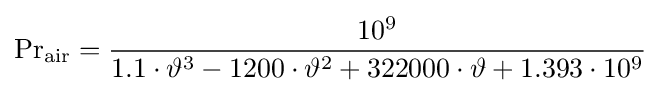
\mathrm {Pr} _{\text{air}}={\frac {10^{9}}{1.1\cdot \vartheta ^{3}-1200\cdot \vartheta ^{2}+322000\cdot \vartheta +1.393\cdot 10^{9}}}